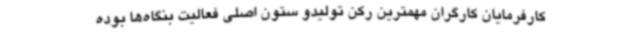
کارفرمایان کارگران مهمترین رکن تولیدو ستون اصلی فعالیت بنگاه‌ها بوده